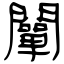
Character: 闡